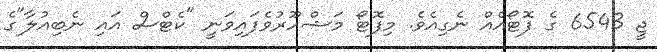
ޖީ 6543 ގެ ފޮޓޯއެއް ނެގިއެވެ. މިފޮޓޯ މަޝްހޫރުވެފައިވަނީ "ކެޓްސް އައި ނެބިއުލާ"ގެ